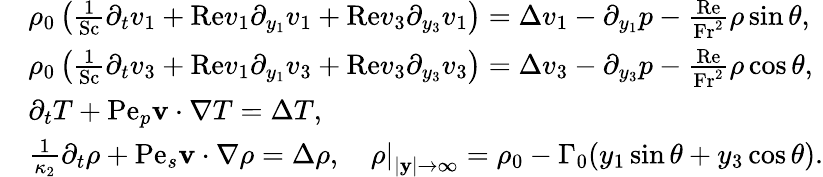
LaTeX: \begin{array}{rl}&{\rho_{0}\left(\frac{1}{\mathrm{Sc}}\partial_{t}v_{1}+\mathrm{Re}v_{1}\partial_{y_{1}}v_{1}+\mathrm{Re}v_{3}\partial_{y_{3}}v_{1}\right)=\Delta v_{1}-\partial_{y_{1}}p-\frac{\mathrm{Re}}{\mathrm{Fr^{2}}}\rho\sin\theta,}\\ &{\rho_{0}\left(\frac{1}{\mathrm{Sc}}\partial_{t}v_{3}+\mathrm{Re}v_{1}\partial_{y_{1}}v_{3}+\mathrm{Re}v_{3}\partial_{y_{3}}v_{3}\right)=\Delta v_{3}-\partial_{y_{3}}p-\frac{\mathrm{Re}}{\mathrm{Fr^{2}}}\rho\cos\theta,}\\ &{\partial_{t}T+\mathrm{Pe}_{p}\mathbf{v}\cdot\nabla T=\Delta T,}\\ &{\frac{1}{\kappa_{2}}\partial_{t}\rho+\mathrm{Pe}_{s}\mathbf{v}\cdot\nabla\rho=\Delta\rho,\quad\left.\rho\right|_{|\mathbf{y}|\rightarrow\infty}=\rho_{0}-\Gamma_{0}(y_{1}\sin\theta+y_{3}\cos\theta).}\end{array}